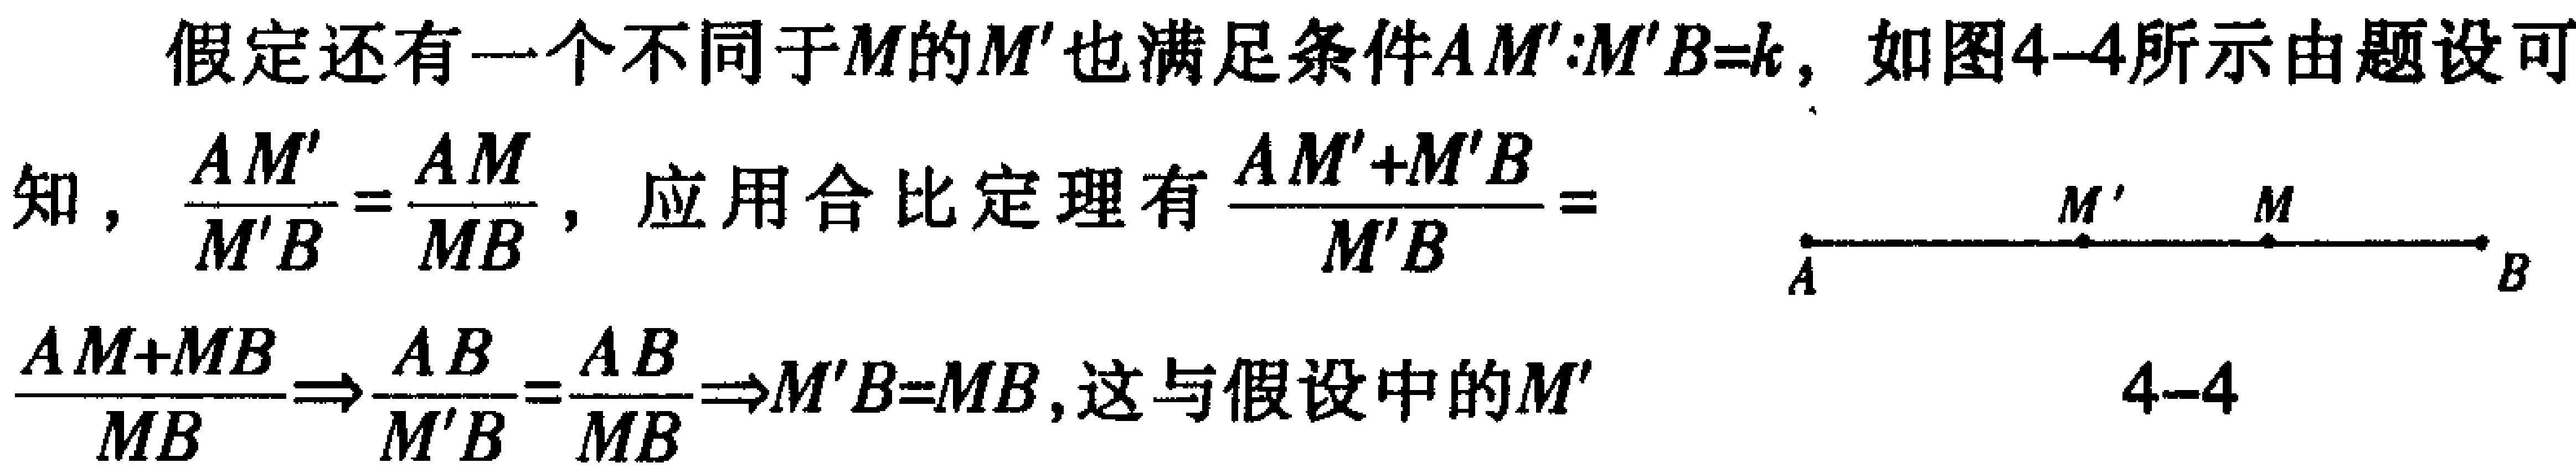
假定还有一个不同于\(M\)的\(M'\)也满足条件\(AM':M'B = k\)，如图4-4所示由题设可知，\(\frac{AM'}{M'B}=\frac{AM}{MB}\)，应用合比定理有\(\frac{AM'+M'B}{M'B}=\frac{AM + MB}{MB}\Rightarrow\frac{AB}{M'B}=\frac{AB}{MB}\Rightarrow M'B = MB\)，这与假设中的\(M'\)
 <img src="https://pic2.zhimg.com/v2-7c8c877c877777777777777777777777_b.jpg" width=" " height=" "/>
 \(4 - 4\)